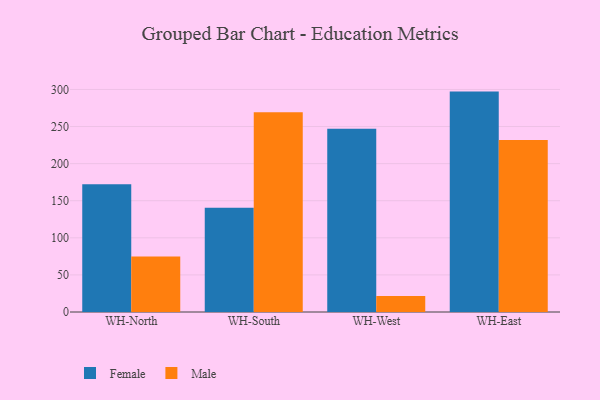
{"axis": {"x": "Warehouse", "y": "LTV (USD)"}, "legend": ["Female", "Male"], "data": [{"x": "WH-North", "y": 172.3, "type": "Female"}, {"x": "WH-North", "y": 74.8, "type": "Male"}, {"x": "WH-South", "y": 140.5, "type": "Female"}, {"x": "WH-South", "y": 269.1, "type": "Male"}, {"x": "WH-West", "y": 247.0, "type": "Female"}, {"x": "WH-West", "y": 21.6, "type": "Male"}, {"x": "WH-East", "y": 297.1, "type": "Female"}, {"x": "WH-East", "y": 231.7, "type": "Male"}]}